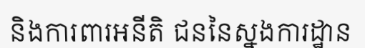
និងការពារអនីតិ ជននៃស្នងការដ្ឋាន